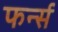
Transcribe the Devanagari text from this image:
फर्न्स